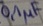
Text: 0,1µF